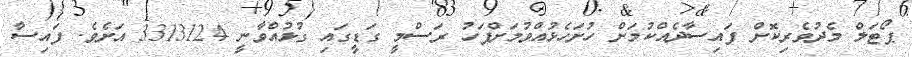
ޕޯޓަލް މެދުވެރިކޮށް ފައިސާދެއްކުމަށް ހުށަހެޅުއްވުމަށްފަހު ރަސްމީ ގަޑީގައި ގުޅުއްވާނީ 3313124 އަށެވެ. ފައިސާ